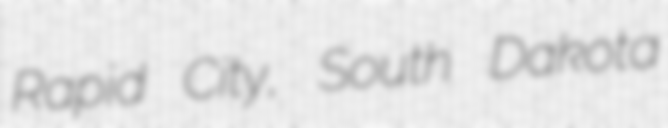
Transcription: Rapid City, South Dakota